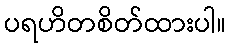
ပရဟိတစိတ်ထားပါ။